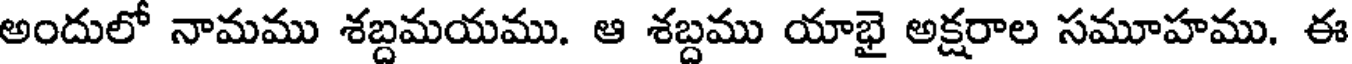
అందులో నామము శబ్దమయము. ఆ శబ్దము యాభై అక్షరాల సమూహము. ఈ